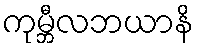
ကုမ္ဘီလဘယာနိ